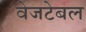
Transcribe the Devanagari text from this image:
वेजटेबल